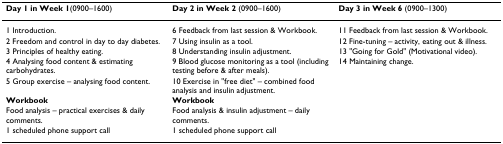
| Day 1 in Week 1(0900–1600) | Day 2 in Week 2(0900–1600) | Day 3 in Week 6(0900–1300) |
 | --- | --- | --- |
 | 1 Introduction. | 6 Feedback from last session & Workbook. | 11 Feedback from last session & Workbook. |
 | 2 Freedom and control in day to day diabetes. | 7 Using insulin as a tool. | 12 Fine-tuning – activity, eating out & illness. |
 | 3 Principles of healthy eating. | 8 Understanding insulin adjustment. | 13 "Going for Gold" (Motivational video). |
 | 4 Analysing food content & estimating carbohydrates. | 9 Blood glucose monitoring as a tool (including testing before & after meals). | 14 Maintaining change. |
 | 5 Group exercise – analysing food content. | 10 Exercise in "free diet" – combined food analysis and insulin adjustment. |  |
 | Workbook | Workbook |  |
 | Food analysis – practical exercises & daily comments. | Food analysis & insulin adjustment – daily comments. |  |
 | 1 scheduled phone support call | 1 scheduled phone support call |  |